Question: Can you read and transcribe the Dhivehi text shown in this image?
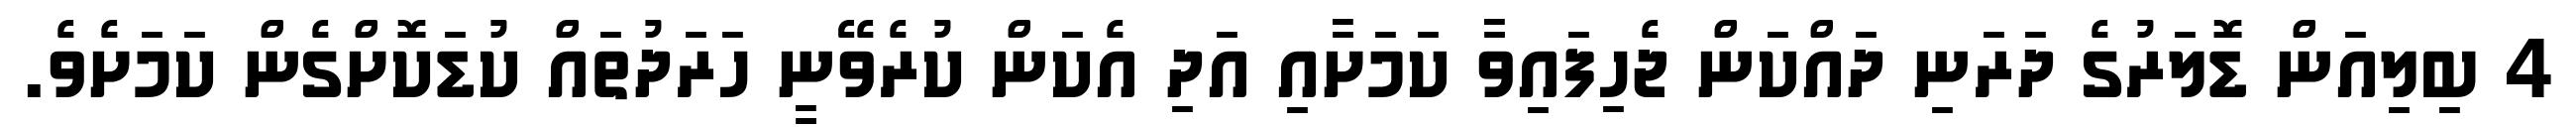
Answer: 4 ބިލިއަން ޑޮލަރުގެ ދަރަނި ދައްކަން ޖެހިފައިވާ ކަމަށާއި އަދި އެކަން ކުރެވޭނީ ހަރަދުތައް ކުޑަކޮށްގެން ކަމަށެވެ.